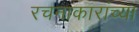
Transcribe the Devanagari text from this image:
रचनाकारांच्या